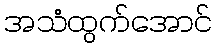
အသံထွက်အောင်